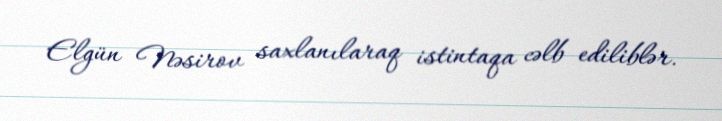
Elgün Nəsirov saxlanılaraq istintaqa cəlb ediliblər.